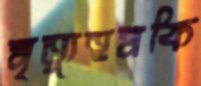
মৃত্যুহুমকি